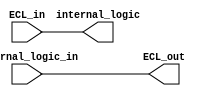
module ECL_buffer (
    input ECL_in,
    output internal_logic,
    input internal_logic_in,
    output ECL_out
);

assign internal_logic = ECL_in;
assign ECL_out = internal_logic_in;

endmodule